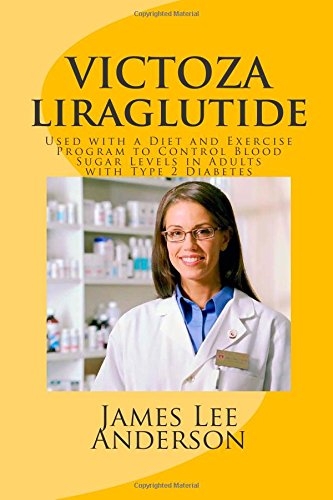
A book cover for VICTOZA (Liraglutide): Used with a Diet and Exercise Program to Control Blood Sugar Levels in Adults with Type 2 Diabetes; James Lee Anderson; Health, Fitness & Dieting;